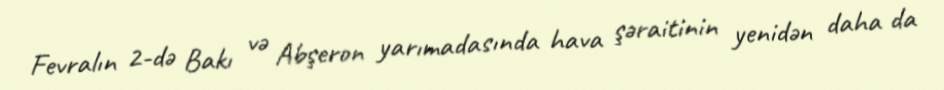
Fevralın 2-də Bakı və Abşeron yarımadasında hava şəraitinin yenidən daha da